Report of the Indian Hemp Drugs Commission, 1894-1895 - Volume VI
Year: 1894
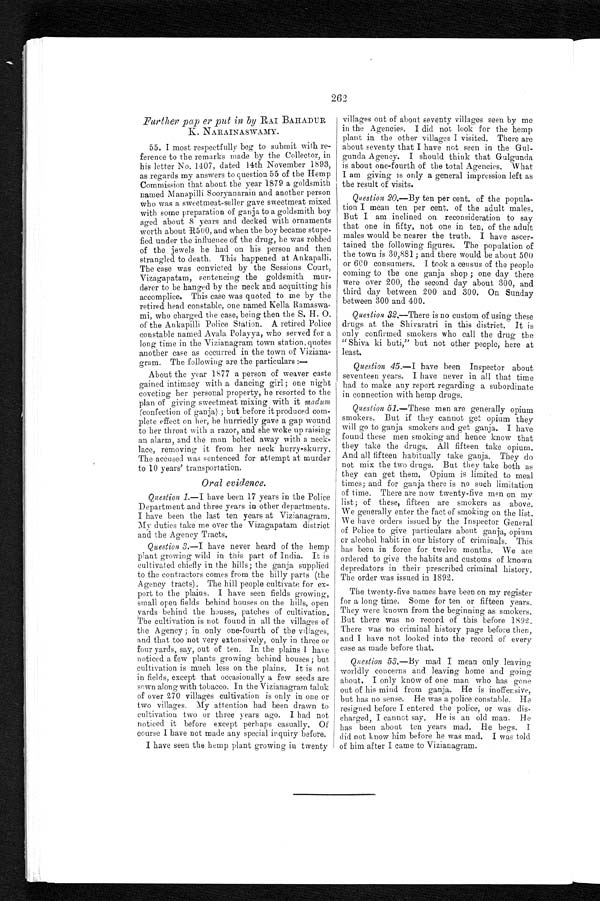
262
Further pap er put in by RAI BAHADUR
K. NARAINASWAMY.
55. I most respectfully beg to submit with re--
ference to the remarks made by the Collector, in
his letter No. 1407, dated 14th November 1893,
as regards my answers to question 55 of the Hemp
Commission that about the year 1879 a goldsmith
named Manapilli Sooryanarain and another person
who was a sweetmeat-seller gave sweetmeat mixed
with some preparation of ganja to a goldsmith boy
aged about 8 years and decked with ornaments
worth about R500, and when the boy became stupe-
- f i e d u n d e r t h e i n f l u e n c e o f t h e d r u g , h e w a s r o b b e d
of the jewels he had on his person and then
strangled to death. This happened at Ankapalli.
The case was convicted by the Sessions Court,
Vizagapatam, sentencing the goldsmith mur-
derer to be hanged by the neck and acquitting his
accomplice. This case was quoted to me by the
retired head constable, one named Della
R a m a s w a - m i , w h o c h a r g e d t h e c a s e , b e i n g t h e n t h e S . H . O .
of the Ankapilli Police Station. A retired Police
constable named Avala Polayya, who served for a
long time in the Vizianagram town station, quotes
another case as occurred in the town of
V i z i a n a - g r a m . T h e f o l l o w i n g a r e t h e p a r t i c u l a r s : —
About the year 1877 a person of weaver caste
gained intimacy with a dancing girl; one night
coveting her personal property, he resorted to the
plan of giving sweetmeat mixing with it madum
(confection of ganja) ; but before it produced com-
plete effect on her, he hurriedly gave a gap wound
to her throat with a razor, and she woke up raising
an alarm, and the man bolted away with a neck-
lace, removing it from her neck hurry-skurry.
The accused was sentenced for attempt at murder
to 10 years' transportation.
Oral evidence.
Question 1 .—I have been 17 years in the Police
Department and three years in other departments.
I have been the last ten years at Vizianagram.
My duties take me over the Vizagapatam district
and the Agency Tracts.
Question 3.—I have never heard of the hemp
plant growing wild in this part of India. It is
cultivated chiefly in the hills; the ganja supplied
to the contractors comes from the hilly parts (the
Agency tracts). The hill people cultivate for ex-
- p o r t t o t h e p l a i n s . I h a v e s e e n f i e l d s g r o w i n g ,
small open fields behind houses on the hills, open
yards behind the houses, patches of cultivation.
The cultivation is not found in all the villages of
the Agency ; in only one-fourth of the villages,
and that too not very extensively, only in three or
four yards, say, out of ten. In the plains I have
noticed a few plants growing behind houses; but
cultivation is much less on the plains. It is not
in fields, except that occasionally a few seeds are
sown along with tobacco. In the Vizianagram taluk
of over 270 villages cultivation is only in one or
two villages. My attention had been drawn to
cultivation two or three years ago. I had not
noticed it before except perhaps casually. Of
course I have not made any special inquiry before.
I have seen the hemp plant growing in twenty
villages out of about seventy villages seen by me
in the Agencies. I did not look for the hemp
plant in the other villages I visited. There are
about seventy that I have not seen in the Gul--
gunda Agency. I should think that Gulgunda
is about one-fourth of the total Agencies. What
I am giving is only a general impression left as
the result of visits.
Question 20.—By ten per cent. of the popula--
tion I mean ten per cent. of the adult males.
But I am inclined on reconsideration to say
that one in fifty, not one in ten, of the adult
males would be nearer the trutb. I have ascer-
tained the following figures. The population of
the town is 30,881; and there would be about 500
or 600 consumers. I took a census of the people
coming to the one ganja shop ; one day there
were over 200, the second day about 300, and
third day between 200 and 300. On Sunday
between 300 and 400.
Question 32.—There is no custom of using these
drugs at the Shivaratri in this district. It is
only confirmed smokers who call the drug the
"Shiva ki buti," but not other people, here at
least.
Question 45 .—I have been Inspector about
seventeen years. I have never in all that time
had to make any report regarding a subordinate
in connection with hemp drugs.
Question 51.—These men are generally opium
smokers. But if they cannot get opium they
will go to ganja smokers and get ganja. I have
found these men smoking and hence know that
they take the drugs. All fifteen take opium.
And all fifteen habitually take ganja. They do
not mix the two drugs. But they take both as
they can get them. Opium is limited to meal
times; and for ganja there is no such limitation
of time. There are now twenty-five men on my
l i s t ; o f t h e s e , a r e s m o k e r s a s a b o v e . W e g e n e r a l l y e n t e r t h e f a c t o f s m o k i n g o n t h e l i s t .
We have orders issued by the Inspector General
of Police to give particulars about ganja, opium
or alcohol habit in our history of criminals. This
has been in force for twelve months. We are
ordered to give the habits and customs of known
depredators in their prescribed criminal history.
The order was issued in 1892.
The twenty-five names have been on my register
for a long time. Some for ten or fifteen years.
They were known from the beginning as smokers.
But there was no record of this before 1892.
There was no criminal history page before then,
and I have not looked into the record of every
case as made before that.
Question 53 .—By mad, I mean only leaving
worldly concerns and leaving home and going
about. I only know of one man who has gone
out of his mind from ganja. He is inoffensive,
but has no sense. He was a police constable. H
e resigned before I entered the police, or was dis--
charged, I cannot say. He is au old man. He
has been about ten years mad. He begs. I
did not know him before he was mad. I was told
of him after I came to Vizianagram.